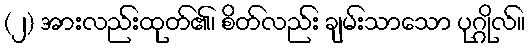
(၂) အားလည်းထုတ်၏၊ စိတ်လည်း ချမ်းသာသော ပုဂ္ဂိုလ်။